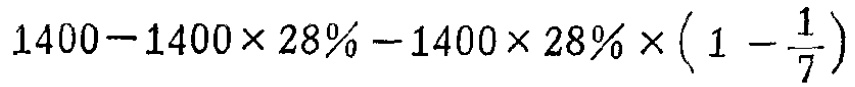
$1400 - 1400\times 28\% - 1400\times 28\% \times (1 - \frac{1}{7})$